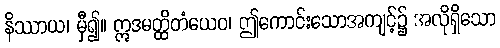
နိဿာယ၊ မှီ၍။ ဣဒမတ္ထိတံယေဝ၊ ဤကောင်းသောအကျင့်၌ အလိုရှိသော